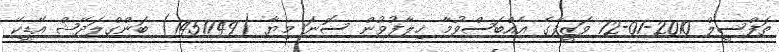
ތަފްސީލް 2010-01-12 ވަޒީފާގެ އެއްބަސްވުމާ ޚިލާފުވުން ސޮނަ މިޔާ (1451749) ބަންގްލަދޭޝް އޭޑީކޭ